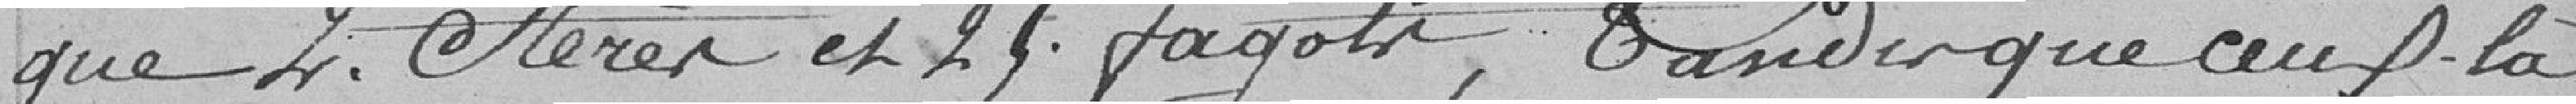
que 4 stères et 26 fagots, tandis que ceux-là